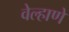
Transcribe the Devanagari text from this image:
वेल्हाणे